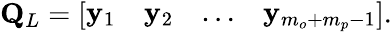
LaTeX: \mathbf{Q}_{L}=\left[\begin{array}{llll}{\mathbf{y}_{1}}&{\mathbf{y}_{2}}&{\dots}&{\mathbf{y}_{m_{o}+m_{p}-1}}\end{array}\right].